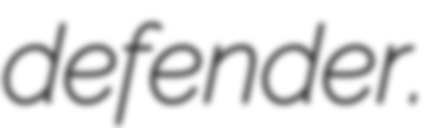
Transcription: defender.